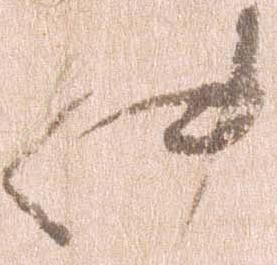
件